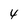
Character: 4